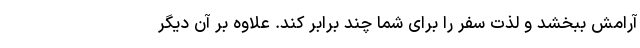
آرامش ببخشد و لذت سفر را برای شما چند برابر کند. علاوه بر آن دیگر